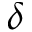
\delta